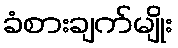
ခံစားချက်မျိုး